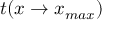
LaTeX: t ( x \to x _ { m a x } )